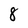
Character: 8